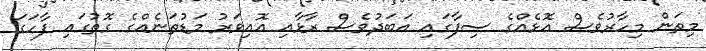
މިތަން މިހާރުވެސް އޮޅެއްގެ ސިފާގައި އަބަދުވެސް ރާޅާއި އޮއިވަރު މަޑުތަނެއްގެ ގޮތުގައި ފާހަގަ